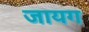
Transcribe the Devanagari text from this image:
जायग